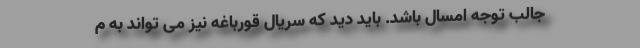
جالب توجه امسال باشد. باید دید که سریال قورباغه نیز می تواند به م